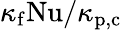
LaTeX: \kappa_{\mathrm{f}}\mathrm{Nu}/\kappa_{\mathrm{p,c}}